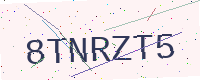
Text: 8TNRZT5